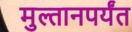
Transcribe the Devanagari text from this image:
मुल्तानपर्यंत